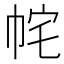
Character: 𭘝